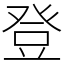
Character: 登